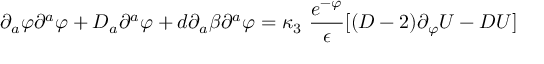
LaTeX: \partial _ { a } \varphi \partial ^ { a } \varphi + D _ { a } \partial ^ { a } \varphi + d \partial _ { a } \beta \partial ^ { a } \varphi = \kappa _ { 3 } \, \, \frac { e ^ { - \varphi } } \epsilon [ ( D - 2 ) \partial _ { \varphi } U - D U ]